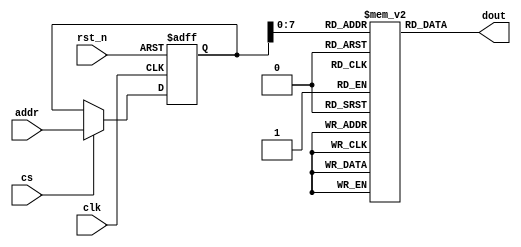
module mem 
#(
    parameter DP = 256,
    //parameter FORCE_X2ZERO = 0,
    parameter DW = 32,
    //parameter MW = 4,
    parameter AW = 32
)
(
    //
    input                  clk,
    input                  rst_n,
    input       [AW-1:0]   addr,
    input                  cs,
    output      [DW-1:0]   dout

);
reg [DW-1:0] mem_r [0:DP-1];
reg [AW-1:0] addr_r;
wire ren;

assign ren = cs;

always @(posedge clk or negedge rst_n) begin
    if(~rst_n) begin
        addr_r <= 32'd0;
    end    
    else if(ren) begin
        addr_r <= addr;
    end
end

assign dout = mem_r[addr_r];

endmodule